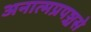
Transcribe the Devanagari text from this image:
अनात्मप्रपञ्चसे